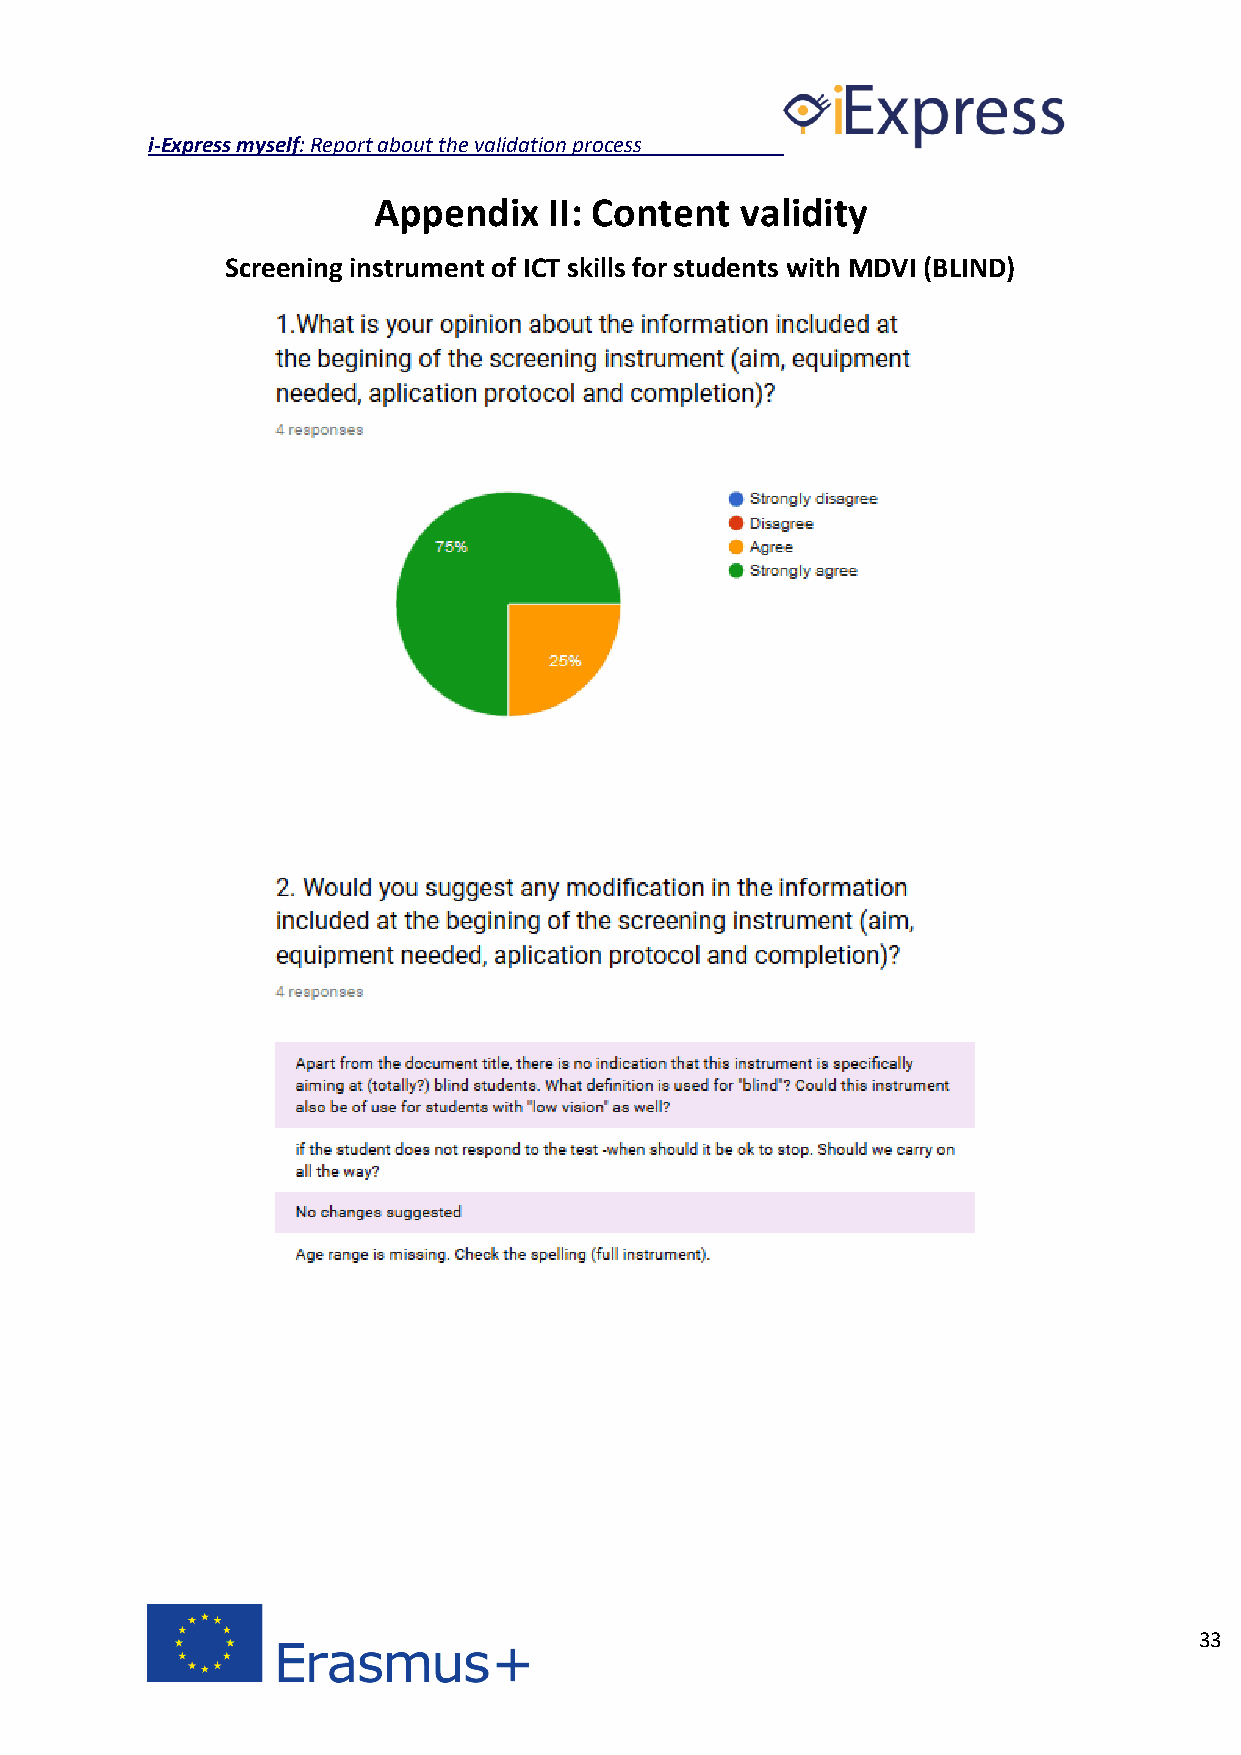
i-Express myself: Report about the validation process
 Appendix   II: Content  validity
 Screening instrument of ICT skills for students with MDVI (BLIND)
 33